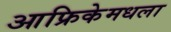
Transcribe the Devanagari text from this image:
आफ्रिकेमधला